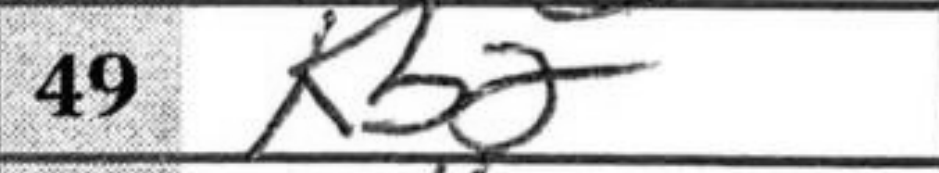
Transcription: Kb2